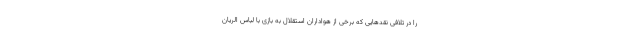
را در تلافی نقدهایی که برخی از هواداران استقلال به بازی با لباس الریان